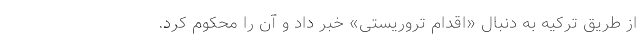
از طریق ترکیه به دنبال «اقدام تروریستی» خبر داد و آن را محکوم کرد.